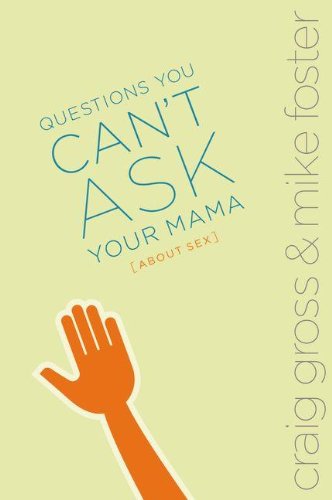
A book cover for Questions You Can't Ask Your Mama About Sex (invert); Craig Gross; Teen & Young Adult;